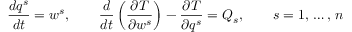
{ \frac { d q ^ { s } } { d t } } = w ^ { s } , \qquad { \frac { d } { d t } } \left( { \frac { \partial T } { \partial w ^ { s } } } \right) - { \frac { \partial T } { \partial q ^ { s } } } = Q _ { s } , \qquad s = 1 , \, \ldots , \, n